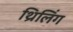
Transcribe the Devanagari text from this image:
थ्रिलिंग